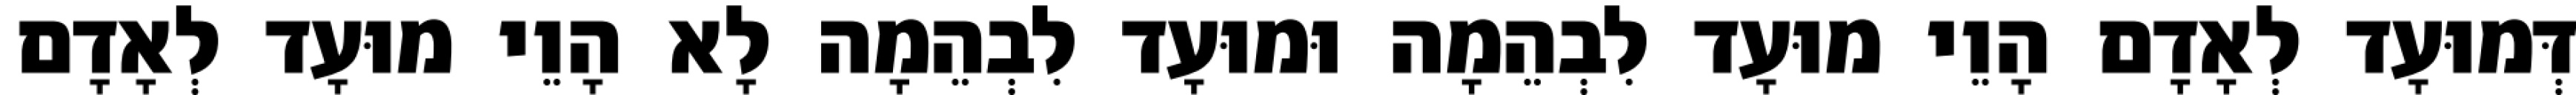
דְּמוּעָד לְאָדָם הָוֵי מוּעָד לִבְהֵמָה וּמוּעָד לִבְהֵמָה לָא הָוֵי מוּעָד לְאָדָם